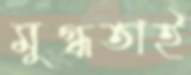
মুগ্ধতাই